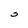
Character: S